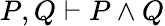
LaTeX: P,Q\vdash P\land Q